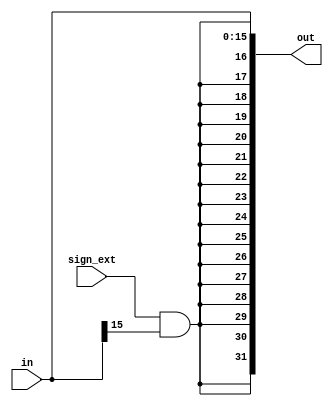
module extender (in, sign_ext, out);
   
   input [15:0] in;
   input sign_ext;
   output reg [31:0] out;

   wire sign_bit = sign_ext & in[15]; // sign bit at sign_ext signal

   always @(in or sign_bit) // reevaluate if these change
   begin
      out <= { { 16{ sign_bit } }, in }; // extend the immediate
   end

endmodule